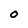
Character: O